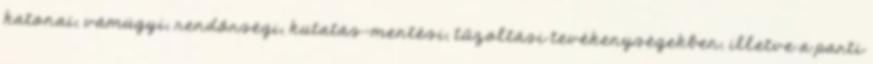
katonai, vámügyi, rendőrségi, kutatás-mentési, tűzoltási tevékenységekben, illetve a parti